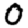
Digit: 0